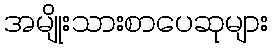
အမျိုးသားစာပေဆုများ